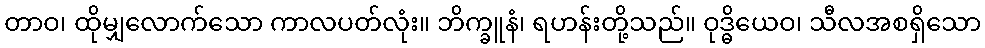
တာဝ၊ ထိုမျှလောက်သော ကာလပတ်လုံး။ ဘိက္ခူနံ၊ ရဟန်းတို့သည်။ ဝုဒ္ဓိယေဝ၊ သီလအစရှိသော